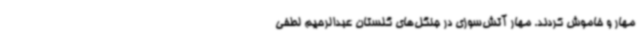
مهار و خاموش کردند. مهار آتش‌سوزی در جنگل‌های گلستان عبدالرحیم لطفی